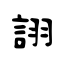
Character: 詡